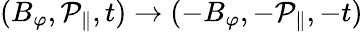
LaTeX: (B_{\varphi},\mathcal{P}_{\parallel},t)\to(-B_{\varphi},-\mathcal{P}_{\parallel},-t)